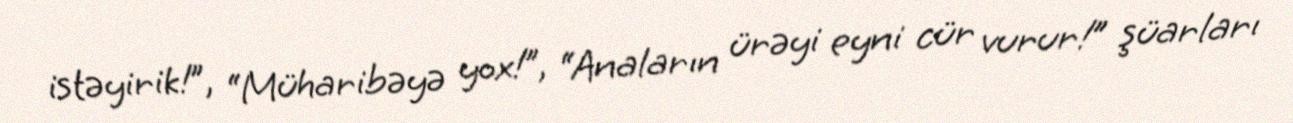
istəyirik!”, “Müharibəyə yox!”, “Anaların ürəyi eyni cür vurur!” şüarları